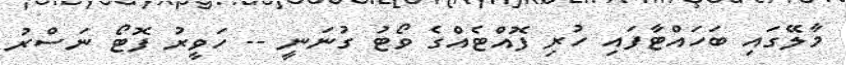
މާލޭގައި ބަހައްޓާފައި ހުރި ފޮއްޓެއްގެ ވޯޓު ގުނަނީ -- ހަވީރު ފޮޓޯ ނަސްރު